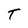
Character: T